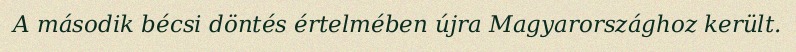
A második bécsi döntés értelmében újra Magyarországhoz került.